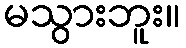
မသွားဘူး။